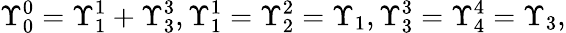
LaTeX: \Upsilon_{0}^{0}=\Upsilon_{1}^{1}+\Upsilon_{3}^{3},\Upsilon_{1}^{1}=\Upsilon_{2}^{2}=\Upsilon_{1},\Upsilon_{3}^{3}=\Upsilon_{4}^{4}=\Upsilon_{3},